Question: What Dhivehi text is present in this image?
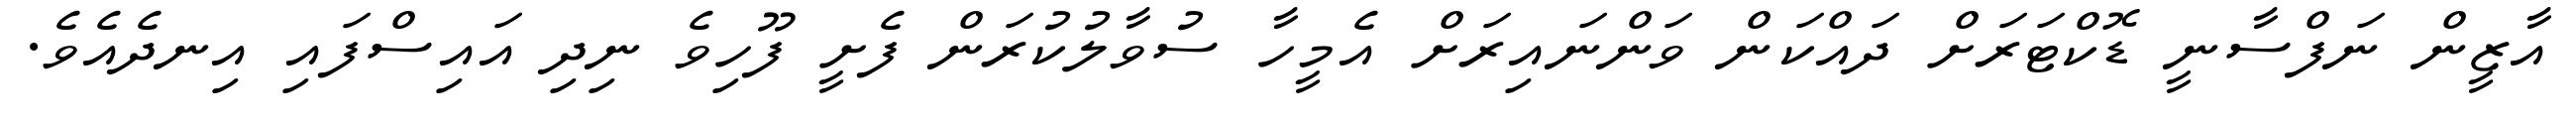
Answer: އާޒީން ނަފްސާނީ ޑޮކްޓަރަށް ދައްކަން ވަންނައިރަށް އެމީހާ ސުވާލުކުރަން ފެށީ ފޫހިވެ ނިދި އައިސްފައި އިނދެއެވެ.